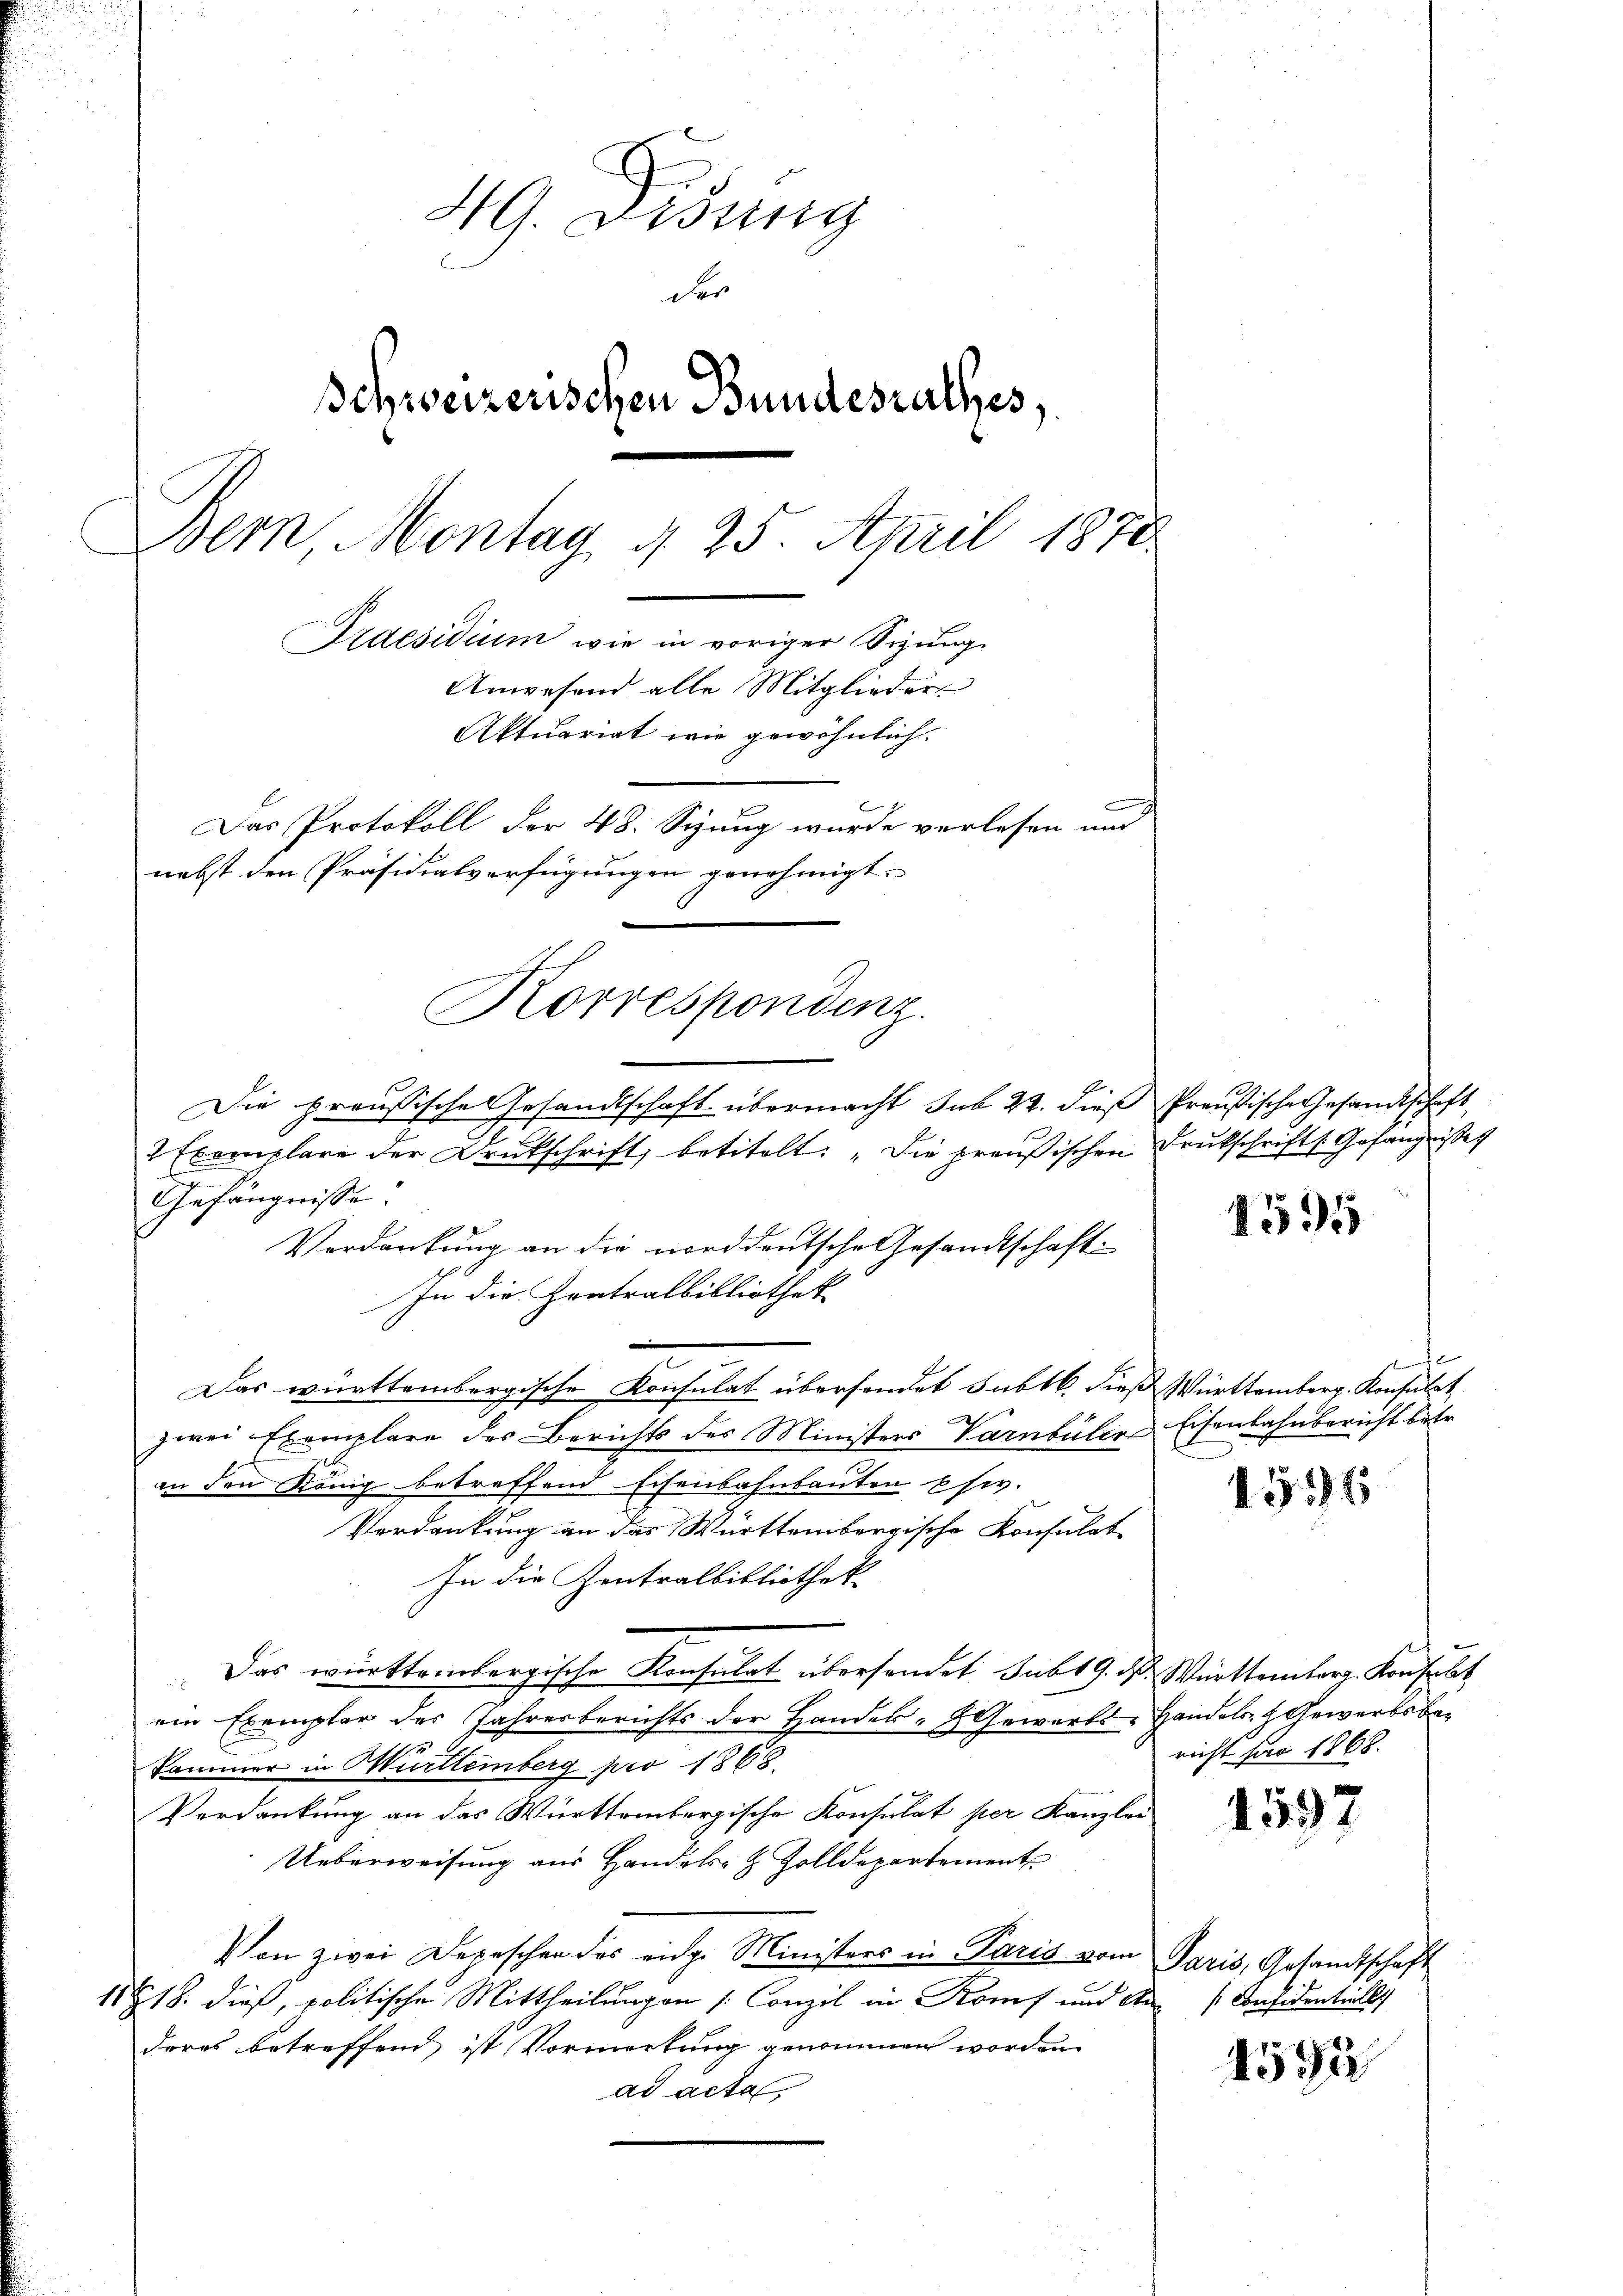
49. Disung
der
Schweizerischen Bundesrathes,
Dem Montag d. 25. April 1870
Idesidium wie in voriger Sizung.
Anwesend alle Mitglieder
Aktuariat wie gewöhnlich.
Das Protokoll der 48. Siung wurde verlesen und
nebst den Präsidialverfügungen genehmigt.

Korrespondenz.

.
2 Exemplare der Drukschrift, betitelt: „Die preußischen Drukschrift Gefängnisse
Gefängnisse
Verdankung an die norddeutsche Gesandtschaft
In die Zentralbibliothek
Das württembergische Konsulat übersendet subtb. dieß Württemberg. Konsulat,
zwei Exemplare des Berichts des Ministers Varnbüler Eisenbahnbericht betr.
an den König betreffend Eisenbahnbauten Ehe.
Verdankung an das Württembergische Konsulat
In die Zentralbibliothek
Das württembergische Konsulat übersendet sub 19. d. Württemberg. Konsulat
ein Exemplar des Jahresberichts der Hander- & Gewerbs-Handels- Gewerbsbe¬
Kammer in Murttemberg pro 1868.
Verdankung an das Württembergische Konsulat per Kanzlei
Ueberweisung aus Handels- & Zolldepartement
Von zwei Depeschen des eidg. Ministers in Paris vom Paris, Gesandtschaft
11818. dieß, politische Mittheilungen (Conzil in Koms und An
deres betreffend ist Vormerkung genommen worden
ad acta

Die preußische Gesandtschaft übermacht sub 22. dieß Preußische Gesandtschaft

1595

s

4514

richt für 1868.

1597

sconsidentiellich

4592